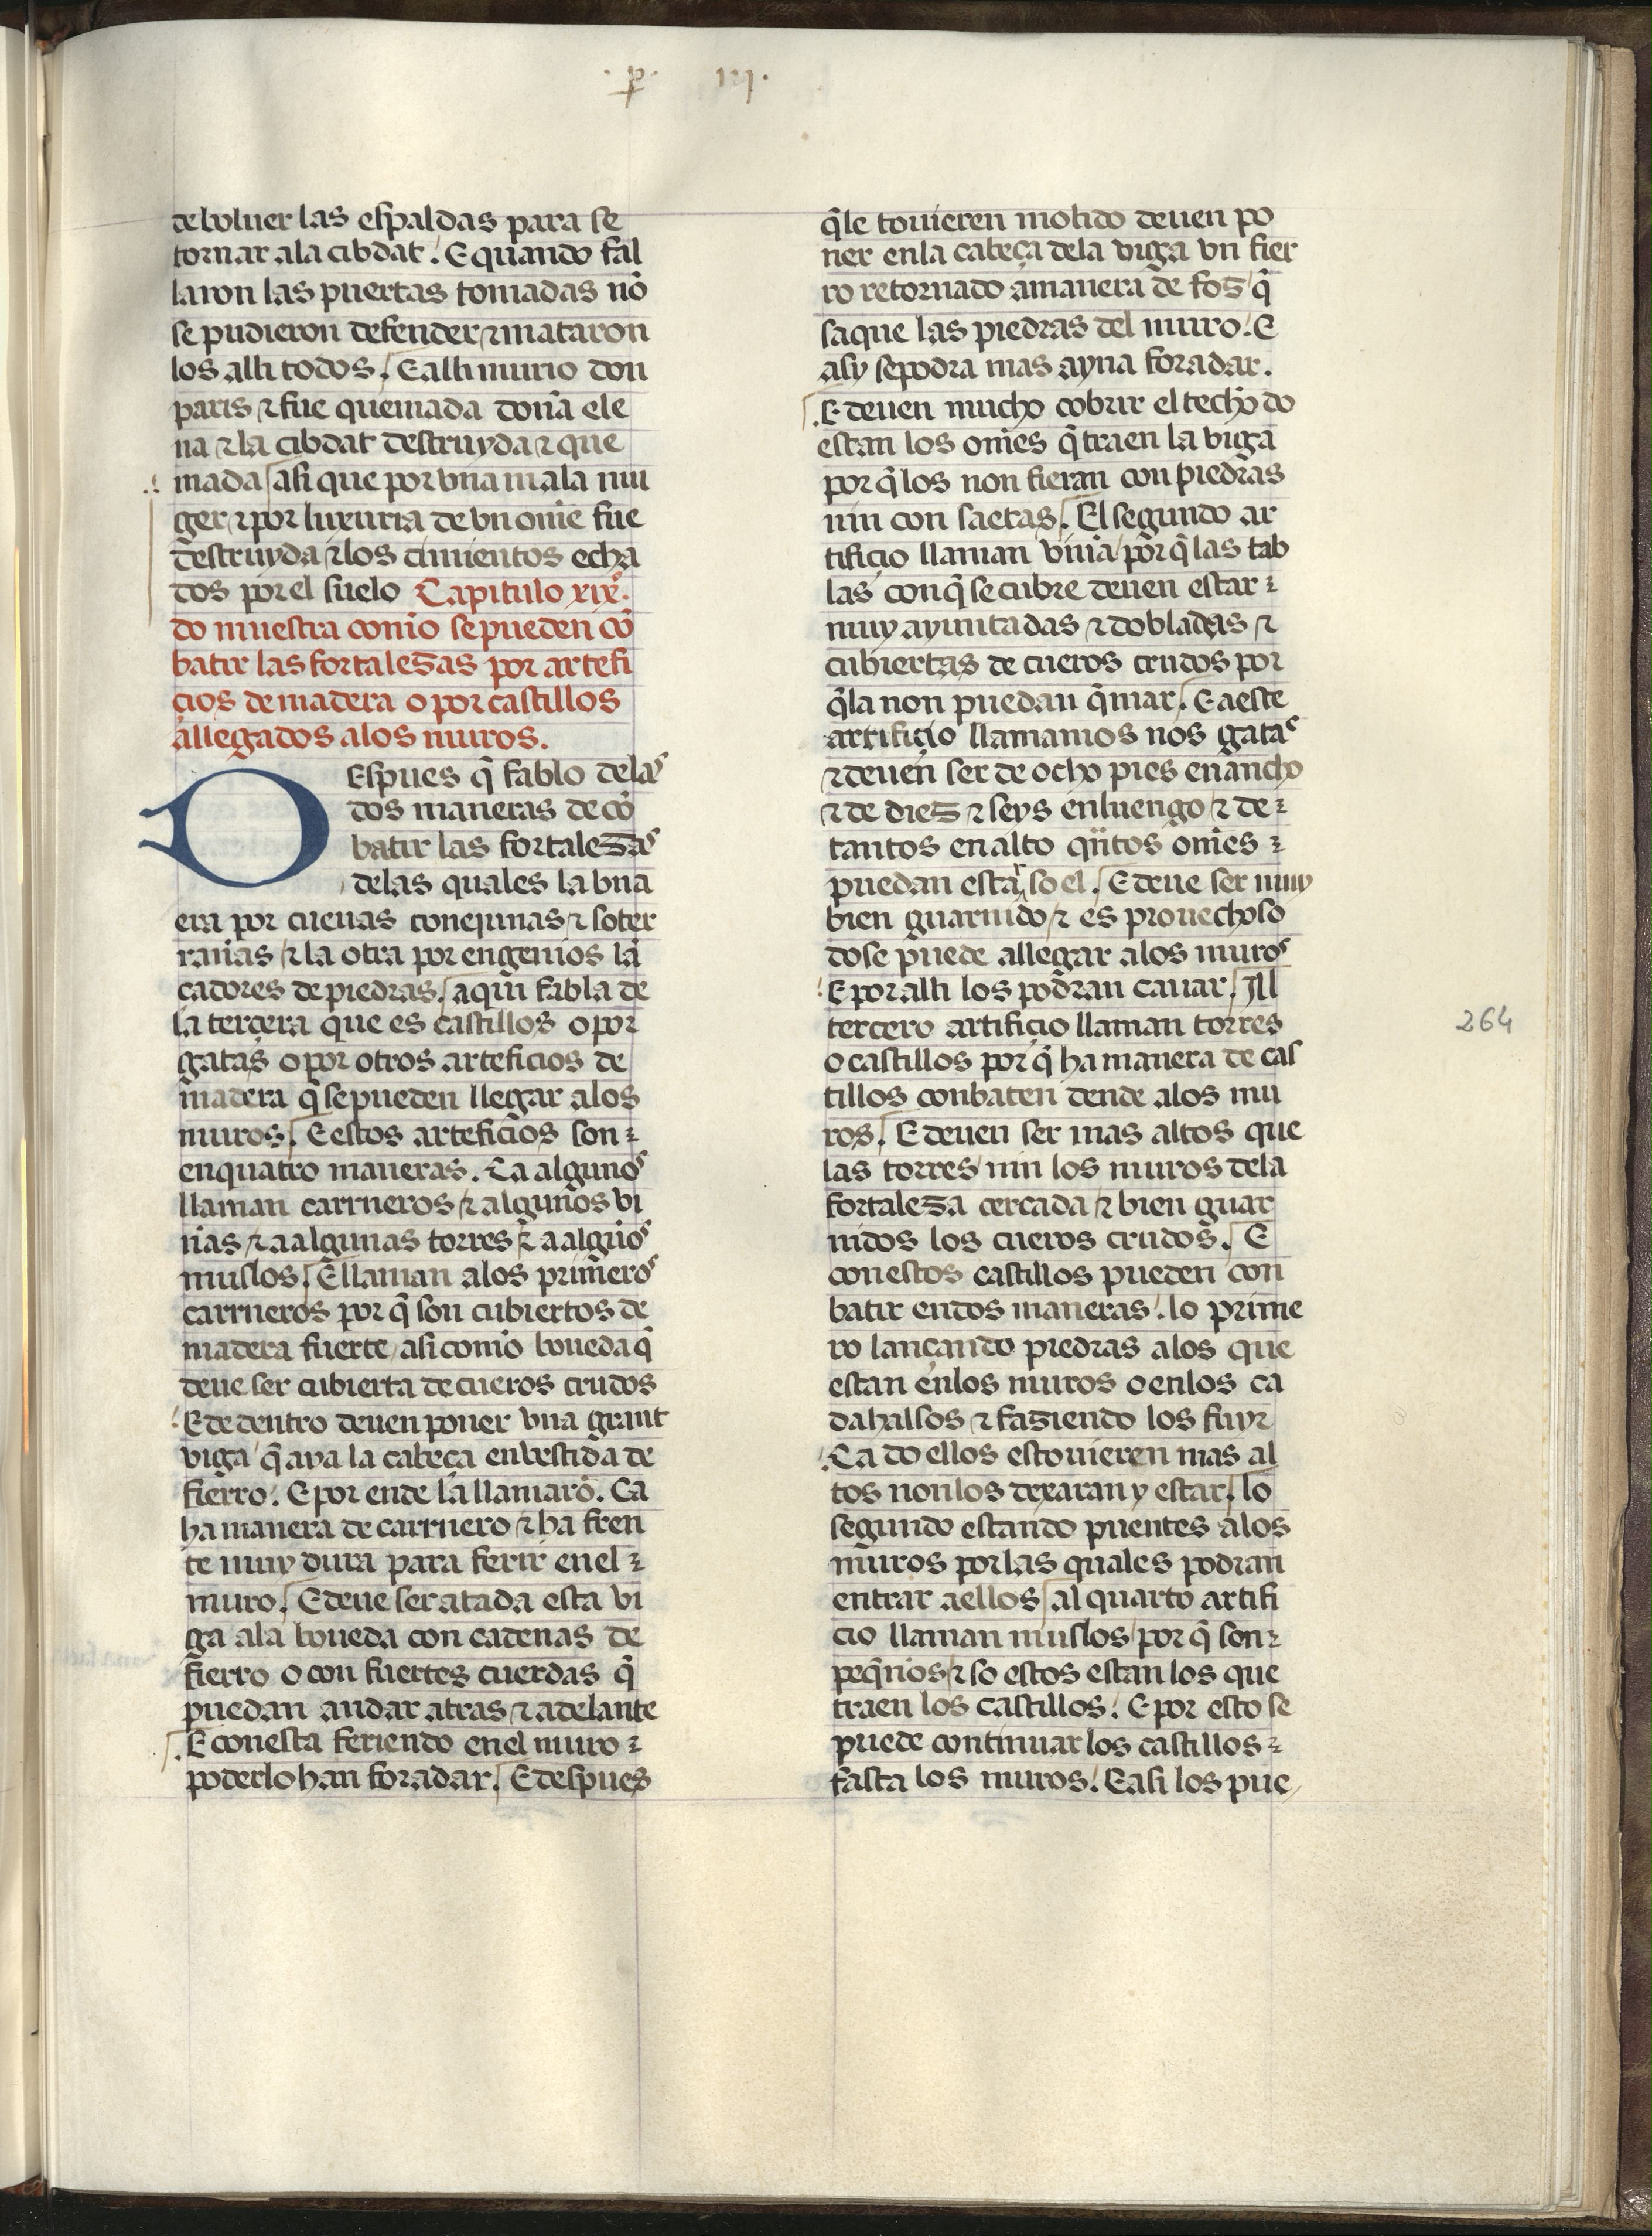
Shelfmark: Madrid, Fundación Lázaro Galdiano, mss 289
Century: 15